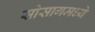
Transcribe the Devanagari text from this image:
सोसागमध्ये